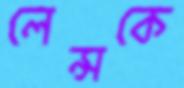
লেন্সকে